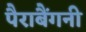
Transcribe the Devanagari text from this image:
पैराबैंगनी